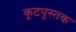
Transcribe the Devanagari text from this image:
कूटपुस्तक